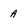
Character: a